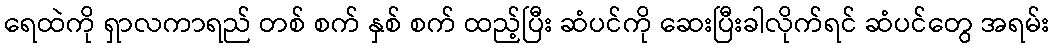
ရေထဲကို ရှာလကာရည် တစ် စက် နှစ် စက် ထည့်ပြီး ဆံပင်ကို ဆေးပြီးခါလိုက်ရင် ဆံပင်တွေ အရမ်း